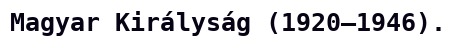
Magyar Királyság (1920–1946).